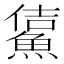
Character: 𩸔